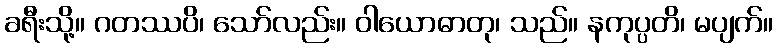
ခရီးသို့။ ဂတဿပိ၊ သော်လည်း။ ဝါယောဓာတု၊ သည်။ နကုပ္ပတိ၊ မပျက်။